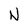
Character: N